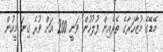
މޭޑޭގެ މުޒާހަރާގެ ތެރެއިން ފުލުހުން ވަނީ 200 އަށް ވުރެ ގިނަ މީހުން